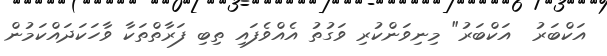
އަކްބަރު  އަކްބަރު" މިނިވަންކުރި ވަގުތު އެއްވެފައި ތިބި ފަރާތްތަކާ ވާހަކަދައްކަމުން